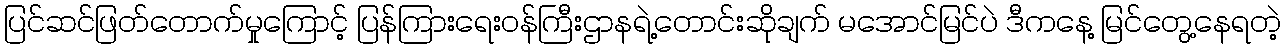
ပြင်ဆင်ဖြတ်တောက်မှုကြောင့် ပြန်ကြားရေးဝန်ကြီးဌာနရဲ့တောင်းဆိုချက် မအောင်မြင်ပဲ ဒီကနေ့ မြင်တွေ့နေရတဲ့